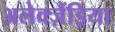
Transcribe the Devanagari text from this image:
अलेक्ज़ैंड्रिया